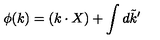
\phi ( k ) = ( k \cdot X ) + \int d \tilde { k } ^ { \prime }